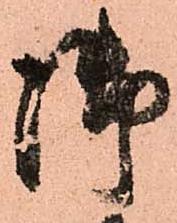
御